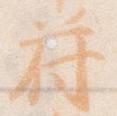
符